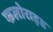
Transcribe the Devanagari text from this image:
फलोराइड